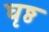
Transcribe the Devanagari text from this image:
घृष्ठ